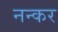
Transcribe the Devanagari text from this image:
नन्कर